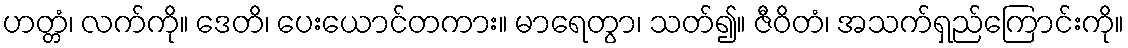
ဟတ္တံ၊ လက်ကို။ ဒေတိ၊ ပေးယောင်တကား။ မာရေတွာ၊ သတ်၍။ ဇီဝိတံ၊ အသက်ရှည်ကြောင်းကို။